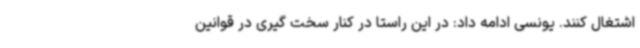
اشتغال کنند. یونسی ادامه داد: در این راستا در کنار سخت گیری در قوانین